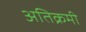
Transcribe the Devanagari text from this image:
अतिक्रमी